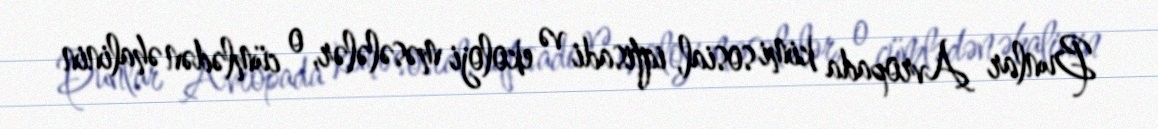
Bunlar Avropada kimi sosial, iqtisadi və ekoloji məsələlər, o cümlədən əhalinin